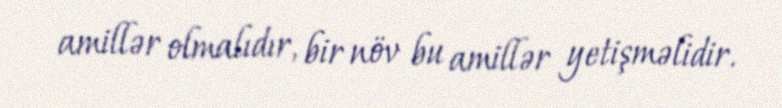
amillər olmalıdır, bir növ bu amillər yetişməlidir.